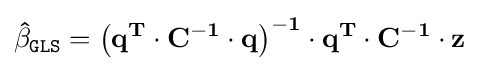
\mathbf {\hat {\beta }} _{\mathtt {GLS}}=\left(\mathbf {q} ^{\mathbf {T} }\cdot \mathbf {C} ^{-\mathbf {1} }\cdot \mathbf {q} \right)^{-\mathbf {1} }\cdot \mathbf {q} ^{\mathbf {T} }\cdot \mathbf {C} ^{-\mathbf {1} }\cdot \mathbf {z}